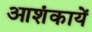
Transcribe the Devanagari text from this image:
आशंकायें